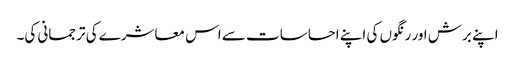
اپنے برش اور رنگوں کی اپنے احساسات سے اس معاشرے کی ترجمانی کی۔